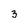
Character: 3